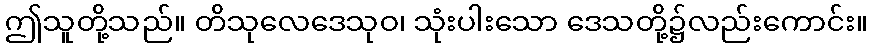
ဤသူတို့သည်။ တိသုလေဒေသုဝ၊ သုံးပါးသော ဒေသတို့၌လည်းကောင်း။